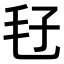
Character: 𣬥